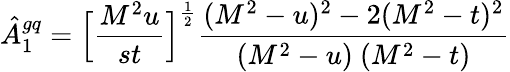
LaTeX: \hat{A}_{1}^{gq}=\Bigl[{\frac{M^{2}u}{st}}\Bigr]^{\frac{1}{2}}{\frac{(M^{2}-u)^{2}-2(M^{2}-t)^{2}}{(M^{2}-u)\ (M^{2}-t)}}